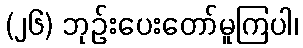
(၂၆) ဘုဉ်းပေးတော်မူကြပါ၊